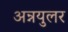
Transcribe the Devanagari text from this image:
अन्नयुलर